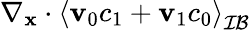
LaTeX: \nabla_{\mathbf x}\cdot\left\langle\mathbf v_{0}c_{1}+\mathbf v_{1}c_{0}\right\rangle_{\mathcal{IB}}